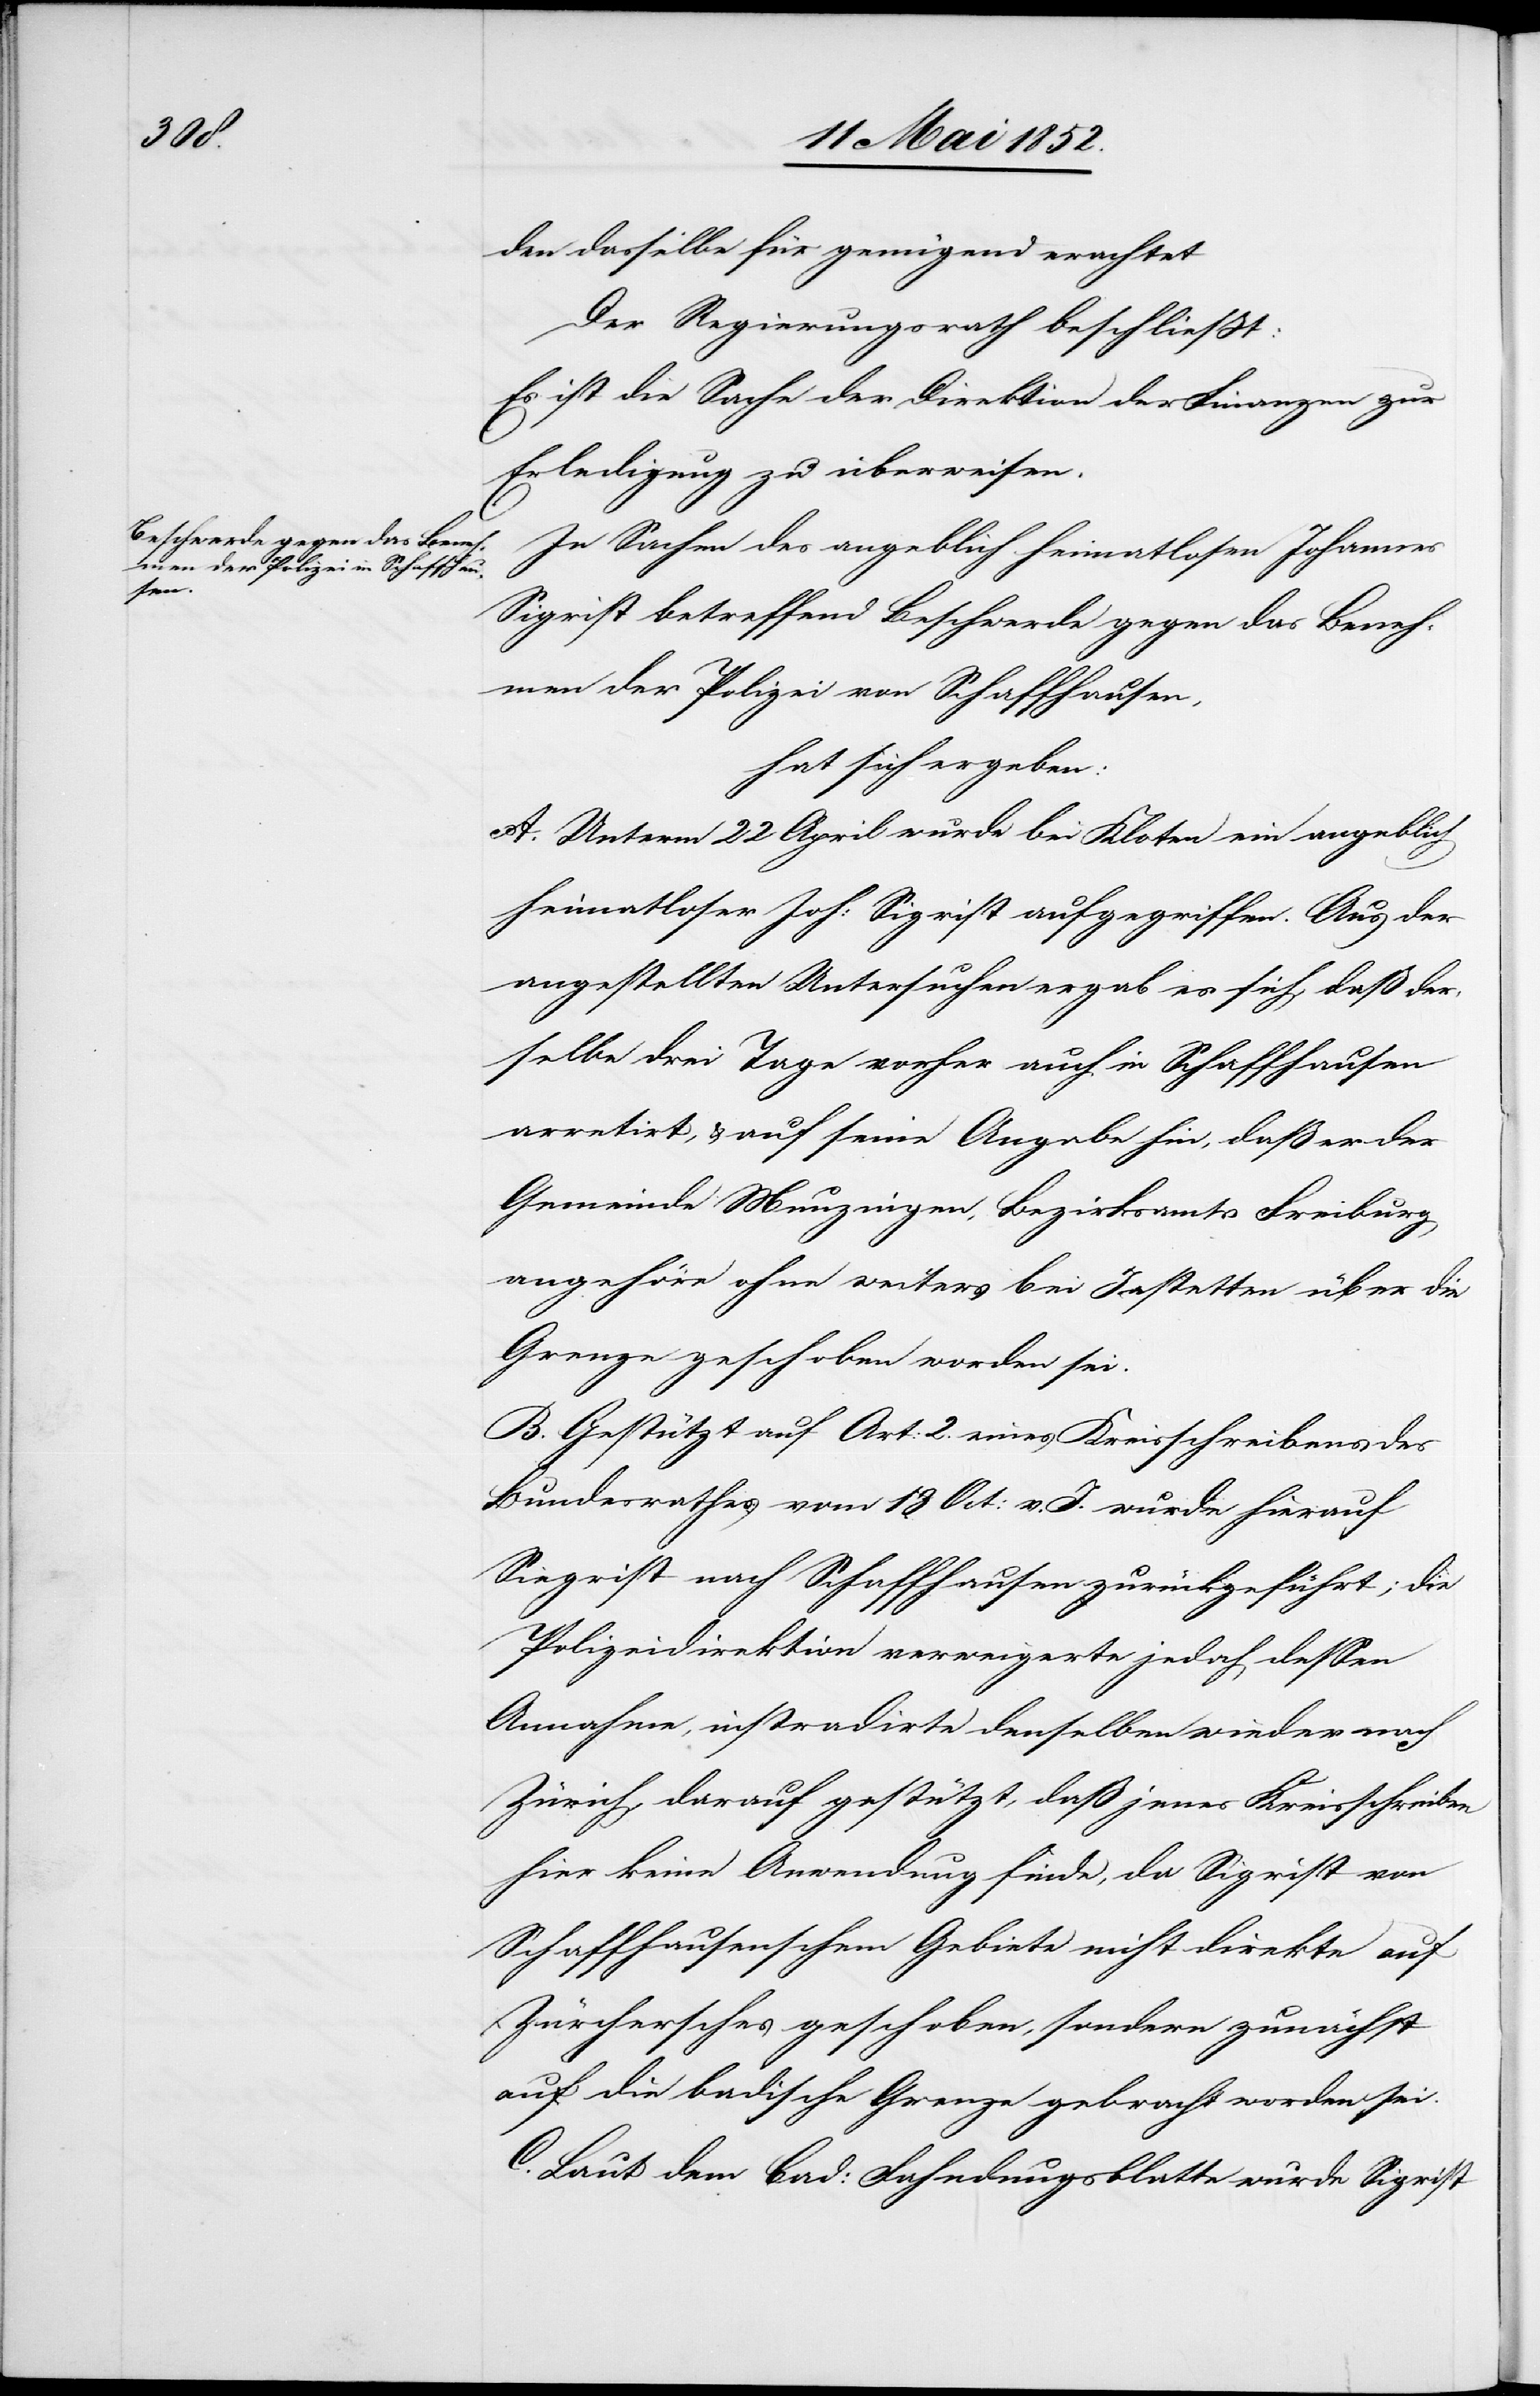
den dasselbe für genügend erachtet
Der Regierungsrath beschliesst:
Es ist die Sache der Direktion der Finanzen zur
Erledigung zu überweisen.
In Sachen des angeblich heimatlosen Johannes
Sigrist betreffend Beschwerde gegen das Beneh¬
men der Polizei von Schaffhausen,
hat sich ergeben:
A. Unterm 22 April wurde bei Kloten ein angeblich
heimatloser Joh: Sigrist aufgegriffen. Aus der
angestellten Untersuchen [sic!] ergab es sich, daß der¬
selbe drei Tage vorher auch in Schaffhausen
arretirt, & auf seine Angabe hin, daß er der
Gemeinde Munzingen, Bezirksamts Freiburg
angehöre ohne weiters bei Jestetten über die
Grenze geschoben worden sei.
B. Gestützt auf Art: 2. eines Kreisschreibens des
Bundesrathes vom 13 Oct: v. J. wurde hierauf
[sic!] nach Schaffhausen zurückgeführt; die
Polizeidirektion verweigerte jedoch dessen
Annahme, instradirte denselben wieder nach
Zürich, darauf gestützt, daß jenes Kreisschreiben
hier keine Anwendung finde, da Sigrist von
Schaffhausenschem Gebiete nicht direkte auf
Zürchersches geschoben, sondern zunächst
auf die badische Grenze gebracht worden sei.
C. Laut dem bad: Fahndungsblatte wurde Sigrist